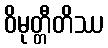
ဝိမုတ္တီတိဿ